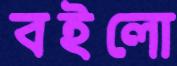
বইলো